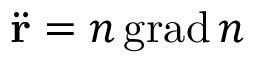
{ \ddot { \mathbf { r } } } = n \operatorname { g r a d } n